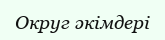
Округ әкімдері